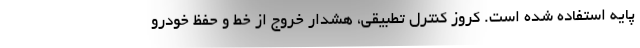
پایه استفاده شده است. کروز کنترل تطبیقی، هشدار خروج از خط و حفظ خودرو